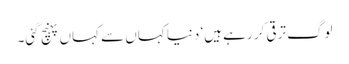
لوگ ترقی کر رہے ہیں‘ دنیا کہاں سے کہاں پہنچ گئی۔